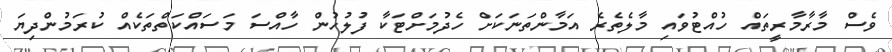
ވެސް މާރާމާރީތައް ހުއްޓުވައި މާލެތެރެ އަމާންތަނަކަށް ހެދުމަށްޓަކާ ފުލުހުން ހާއްސަ މަސައްކަތްތަކެއް ކުރަމުންދިޔަ